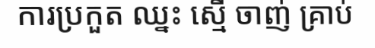
ការប្រកួត ឈ្នះ ស្មើ ចាញ់ គ្រាប់